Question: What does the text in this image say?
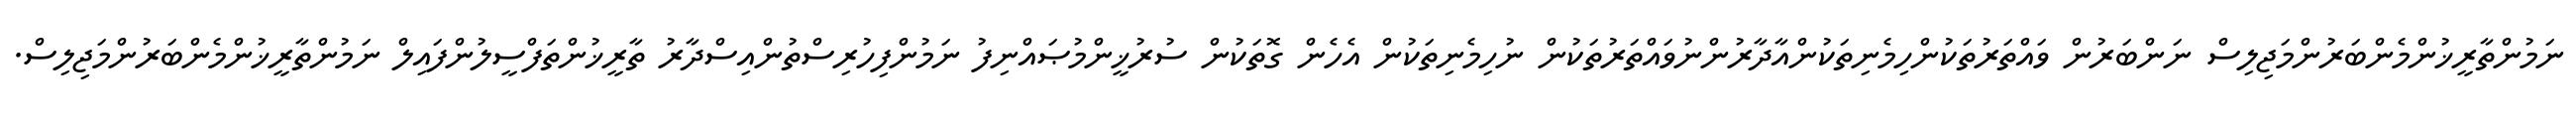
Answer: ނަމުންތާރީޚުންމެންބަރުންމަޖިލިސް ނަންބަރުން ވައްތަރުތަކުންހިމެނިތަކުންއާދާރުންނުވައްތަރުތަކުން ނުހިމެނިތަކުން އެހެން ގޮތަކުން ސުރުޚީންމުޞައްނިފު ނަމުންފިހުރިސްތުންއިސްދާރު ތާރީޚުންތަފްސީލުންފައިލް ނަމުންތާރީޚުންމެންބަރުންމަޖިލިސް.